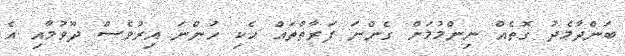
ބަންދާމެދު ގޮތެއް ނިންމުމަށް ގެންނަ ފަރާތްތައް ހެކި ހުންނަ އިރުވެސް ދޫވުމާއި އެ